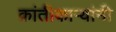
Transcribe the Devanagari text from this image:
क्रांतीकाऱ्यांनी